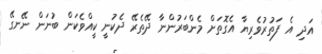
އަދި އެ ފަތުރުވެރިޔާ އެގޮތަށް މެންބަރުންނާ ދޭތެރޭ ދެކުނީ ކީއްވެކަން ބުނަން ނޭނގޭ